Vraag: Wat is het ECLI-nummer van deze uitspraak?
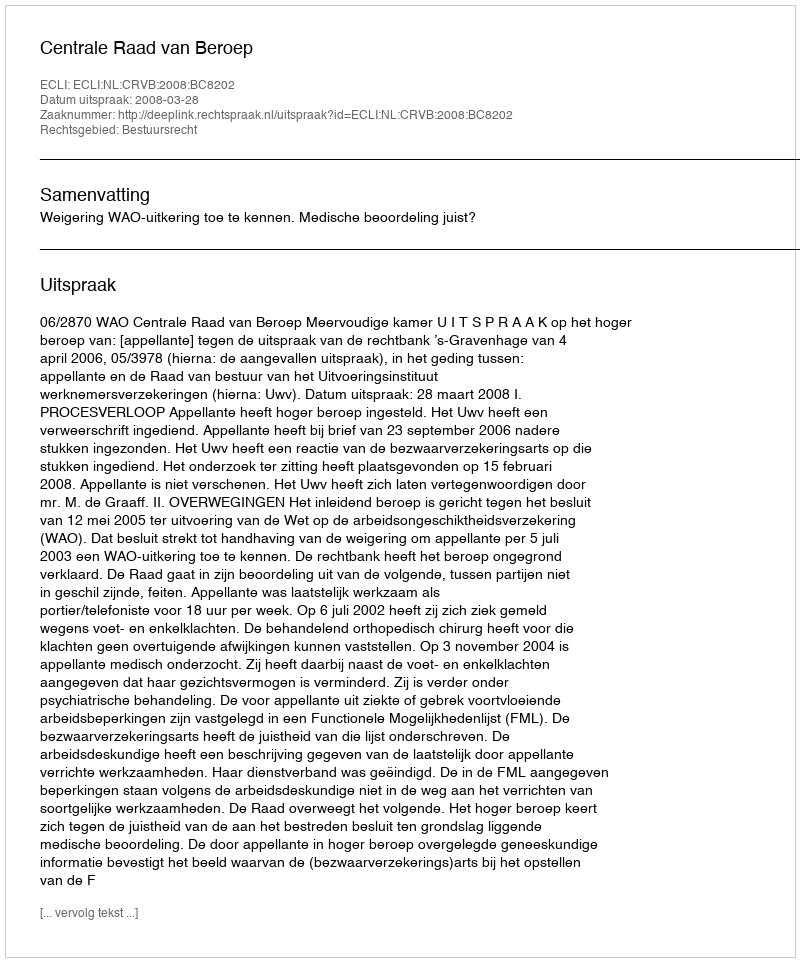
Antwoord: ECLI:NL:CRVB:2008:BC8202